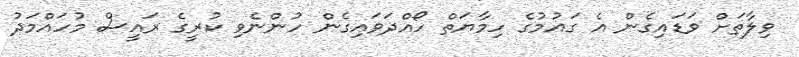
ވިލާތަށް ވަޑައިގެން އެ ގައުމުގެ ހިމާޔަތް ހޯއްދަވައިގެން ހުންނެވި ކުރީގެ ރައީސް މުހައްމަދު